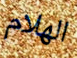
الهلام